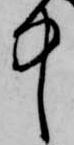
中